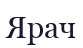
Ярач